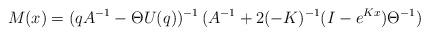
LaTeX: \begin{align*} M(x) = (q A^{-1} -\Theta U(q))^{-1} \, (A^{-1} +2 (-K)^{-1} (I-e^{K x} )\Theta^{-1}) \end{align*}